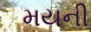
મયની